NAE_ERA_R-1950_Eesti_Ajakirjanike_Liit, lk 65
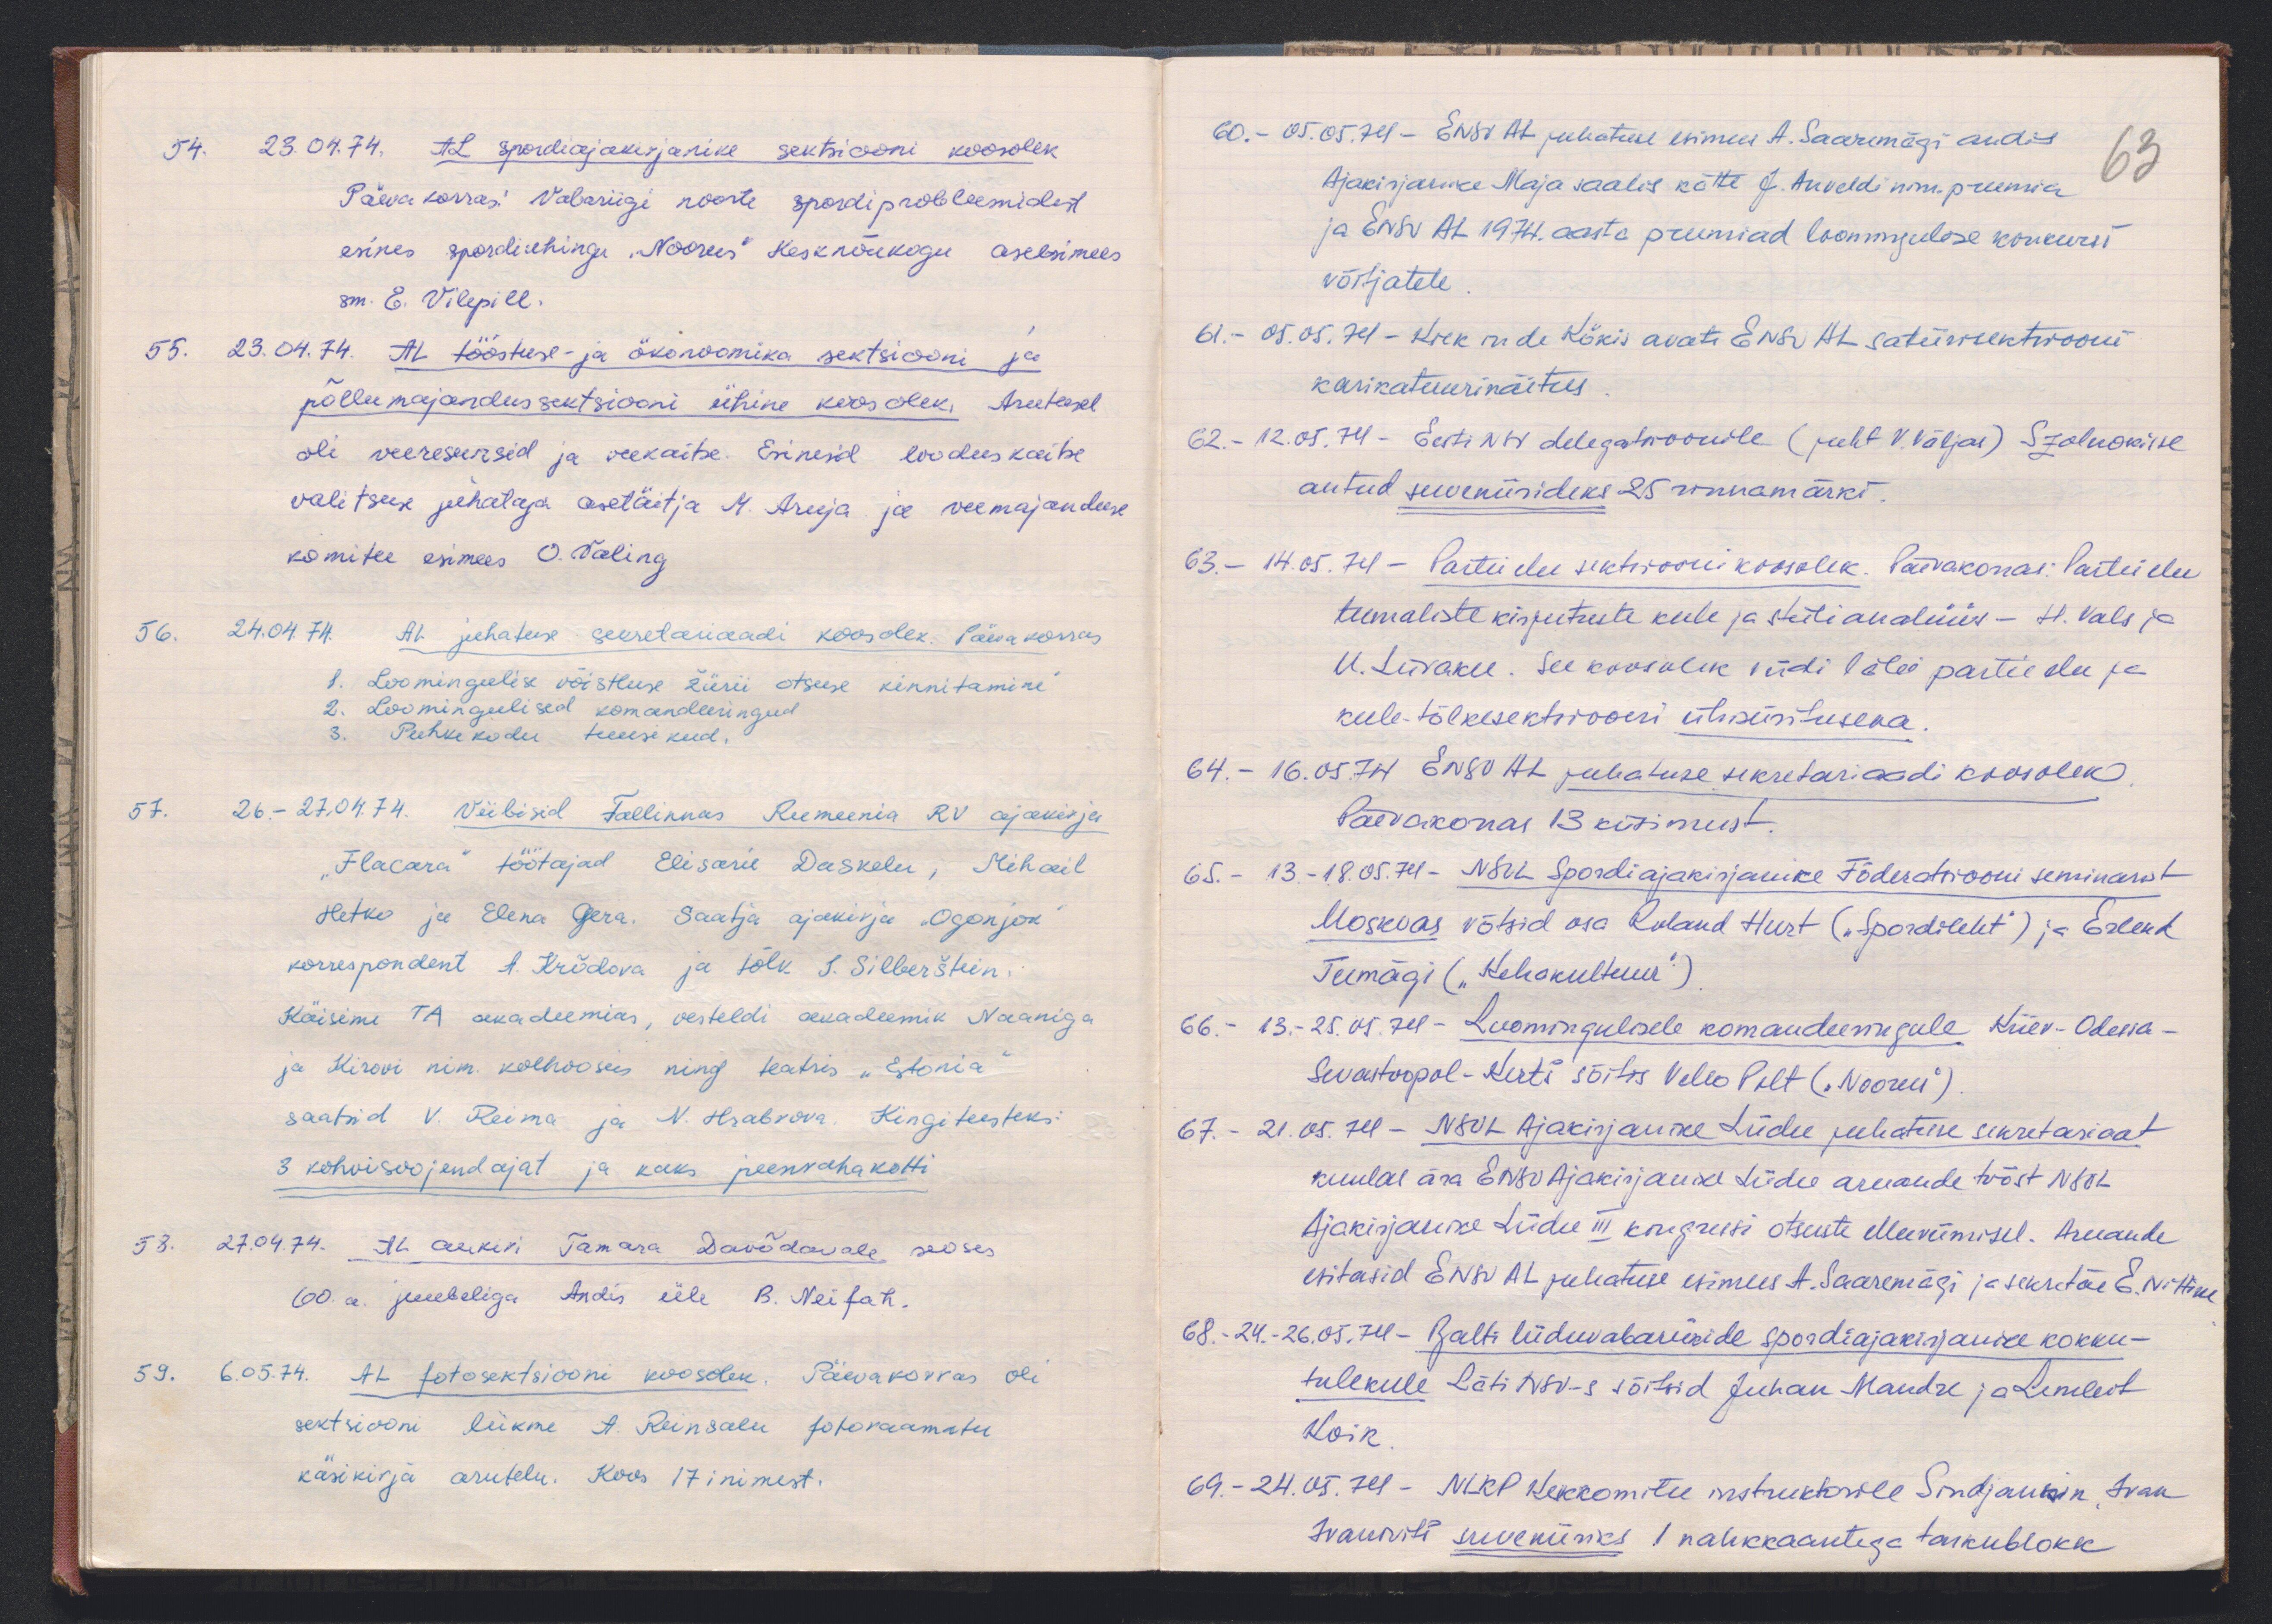
54. 23.04.74. AL spordiajakirjanike sektsiooni koosolek
Päevakorras: Vabariigi noorte spordiprobleemidest
esines spordiühingu "Noorus" kesknõukogu aseesimees
sm. E. Vilepill.
55. 23.04.74. AL tööstuse- ja ökonoomika sektsiooni ja
põllumajandussektsiooni ühine koosolek. Arutusel
oli veereservid ja veekaitse. Esinesid looduskaitse
valitsuse juhataja asetäitja M. Aruja ja veemajanduse
komitee esimees O. Valing
56. 24.04.74. AL juhatuse sekretariaadi koosolek. Päevakorras
1. Loomingulise võistluse žürii otsuse kinnitamine
2. Loomingulised komandeeringud
3. Puhkekodu tuusikord.
57. 26.-27.04.74. Viibisid Tallinnas Rumeenia RV ajakirja
"Flacara" töötajad Elisarie Daskelu, Mihail
Hetko ja Elena Gera. Saatja ajakirja "Ogonjok"
korrespondent A. Krõdova ja tõlk J. Silberštein.
Käisime TA akadeemias, vesteldi akadeemik Naaniga
ja Kirovi nim. kolhooseis ning teatris "Estonia"
saatsid V. Reima ja N. Hrabrova. Kingitusteks:
3 kohvisoojendajat ja kaks peenrahakotti
58. 27.04.74. AL aukiri Tamara Davõdovale seoses
60. a. juubeliga Andis üle B. Neifah.
59. 6.05.74. AL fotosektsiooni koosolek. Päevakorras oli
sektsiooni liikme A. Reinsalu fotoraamatu
käsikirja arutelu. Koos 17 inimest.

60. - 05.05.74 - ENSV AL juhatuse esimees A. Saaremägi andis
Ajakirjanike Maja saalis kätte J. Anveldi nim. preemia
63
ja ENSV AL 1974. aasta preemiad loomingulise konkursi
võitjatele
61. - 05.05.74 - Kiek in de Kökis avati ENSV AL satiirisektsiooni
karikatuurinäitus
62. - 12.05.74. Eesti NSV delegatsioonile (juht V. Väljas) Szolnokisse
antud suveniirideks 25 rinnamärki.
63. - 14.05.74 - Partei elu sektsiooni koosolek. Päevakorras: Partei elu
teemaliste kirjutuste keele ja stiilianlüüs - H. Vals ja
U. Liivaku. See koosolek viidi läbi partei elu ja
keele tõlkesektooni ühisüritusena.
64. - 16.05.74 ENSV AL juhatuse sekretariaadi koosolek
Päevakorras 13 küsimust.
65. - 13.08.74 - NSVL Spordiajakirjanike Föderatsiooni seminarist
Moskvas võtsid osa Roland Hurt ("Spordileht") ja Erlend
Teemägi ("Kehakultuur")
66. - 13.-25.05.74 - Loomingulisele komandeeringule Kiiev-Odessa-
Sevastoopol-Kertš sõitis Vello Pilt ("Noorus")
67. - 21.05.74 - NSVL Ajakirjanike Liidu juhatuse sekretariaat
kuulas ära ENSV Ajakirjanike Liidu aruande tööst NSVL
Ajakirjanike Liidu III kongressi otsuste elluviimisel. Aruande
esitasid ENSV AL juhatuse esimees A. Saaremägi ja sekretär E. Nittim
68. 24.-26.05.74 - Balti liiduvabariikide spordiajakirjanike kokku-
tulekule Läti NSV-s sõitsid Juhan Mandre ja Lembit
Koik
69. - 24.05.74 - NLKP Keskomitee instruktorile Sindjankin, Ivan
Ivanovitš suveniiriks 1 nahkkaantega taskublokk